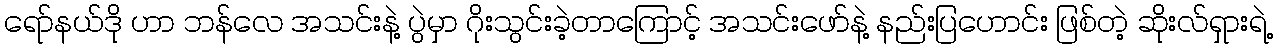
ရော်နယ်ဒို ဟာ ဘန်လေ အသင်းနဲ့ ပွဲမှာ ဂိုးသွင်းခဲ့တာကြောင့် အသင်းဖော်နဲ့ နည်းပြဟောင်း ဖြစ်တဲ့ ဆိုးလ်ရှားရဲ့